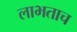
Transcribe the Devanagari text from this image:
लाभताच